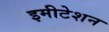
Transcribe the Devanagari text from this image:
इमीटेशन